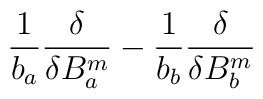
{1\over b_a}{\delta\over\delta B_a^m} - {1\over b_b}{\delta\over\delta B_b^m}